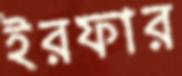
ইরফার